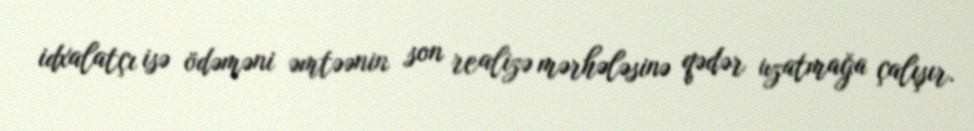
idxalatçı isə ödəməni əmtəənin son realizə mərhələsinə qədər uzatmağa çalışır.